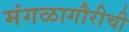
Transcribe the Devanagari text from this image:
मंगळागौरीची